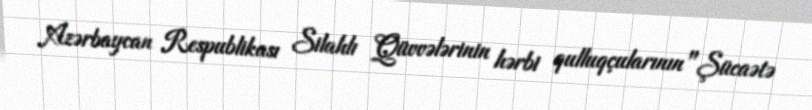
Azərbaycan Respublikası Silahlı Qüvvələrinin hərbi qulluqçularının "Şücaətə